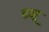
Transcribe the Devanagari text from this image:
हनू